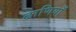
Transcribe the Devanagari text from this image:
ढाणियाँ